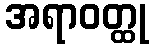
အရာဝတ္ထု